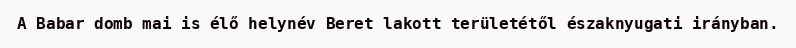
A Babar domb mai is élő helynév Beret lakott területétől északnyugati irányban.